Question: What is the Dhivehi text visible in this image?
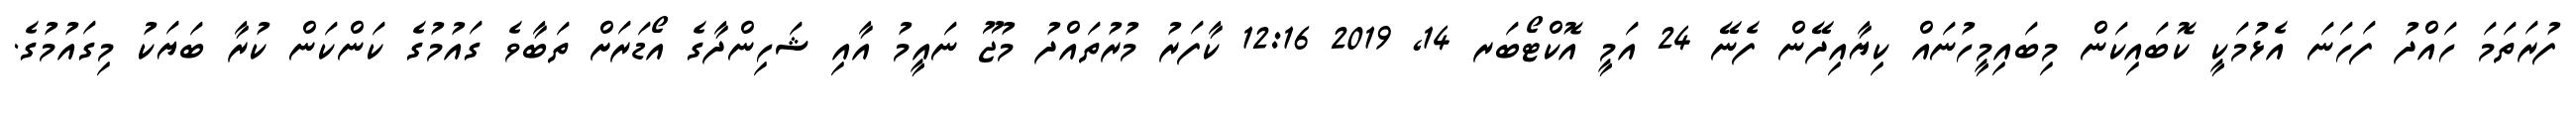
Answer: ފުރަތަމަ ހައްދު ފަހަނަ އެޅުމަކީ ކޮބައިކަން މިބައިމީހުނައް ކިޔާއިދޭން ފެނޭ 24 އަމީ އޮކްޓޯބަރ 14, 2019 12:16 ކާފަރު މުރުތައްދު މުޖޫ ނައީމު އާއި ޝަހިންދާގެ އޯޑަރަށް ތަބާވެ ގައުމުގެ ކަންކަން ކުރާ ބަޔަކު މިގައުމުގެ.